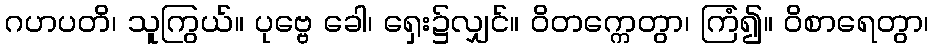
ဂဟပတိ၊ သူကြွယ်။ ပုဗ္ဗေ ခေါ၊ ရှေး၌လျှင်။ ဝိတက္ကေတွာ၊ ကြံ၍။ ဝိစာရေတွာ၊